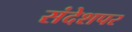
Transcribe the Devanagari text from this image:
संदेशपर